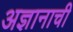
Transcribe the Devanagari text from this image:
अज्ञानाची